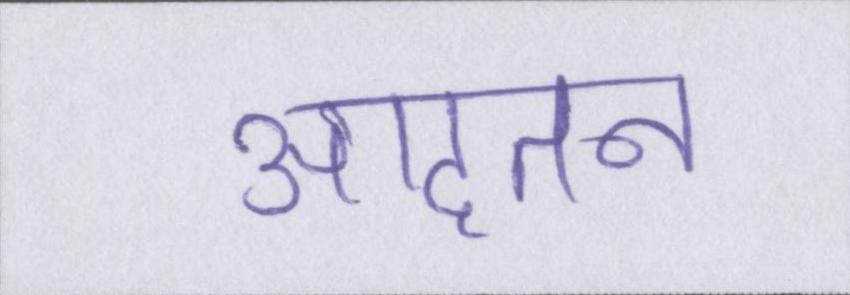
आदतन